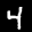
Label: 4